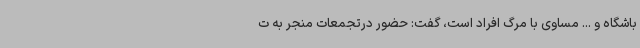
باشگاه و ... مساوی با مرگ افراد است، گفت: حضور درتجمعات منجر به ت